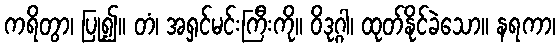
ကရိတွာ၊ ပြု၍။ တံ၊ အရှင်မင်းကြီးကို။ ဝိဒုဂ္ဂါ၊ ထုတ်နိုင်ခဲသော။ နရကာ၊